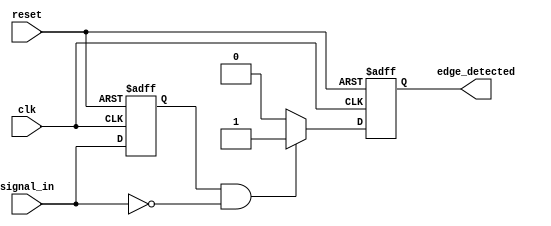
module negative_edge_detector (
    input wire clk,            // Clock signal
    input wire reset,          // Asynchronous reset signal
    input wire signal_in,      // Input signal to detect negative edge
    output reg edge_detected    // Output signal indicating negative edge detection
);

    reg signal_in_prev;        // Register to hold the previous state of signal_in

    // Asynchronous reset and edge detection logic
    always @(posedge clk or posedge reset) begin
        if (reset) begin
            signal_in_prev <= 1'b0; // Initialize previous state to low
            edge_detected <= 1'b0;   // Clear edge detected output
        end else begin
            // Detect negative edge
            edge_detected <= (signal_in_prev == 1'b1 && signal_in == 1'b0) ? 1'b1 : 1'b0;
            signal_in_prev <= signal_in; // Update previous state
        end
    end

endmodule